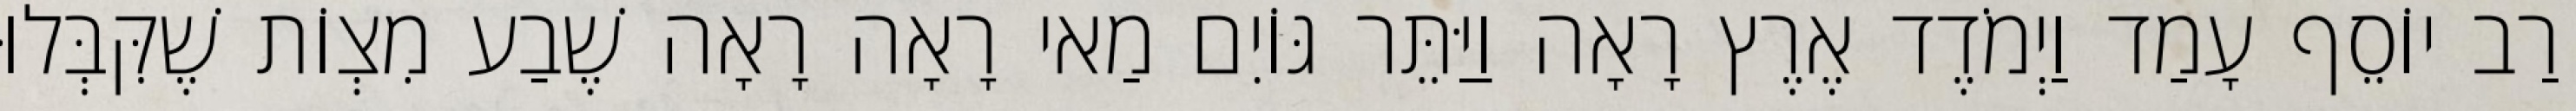
רַב יוֹסֵף עָמַד וַיְמֹדֶד אֶרֶץ רָאָה וַיַּתֵּר גּוֹיִם מַאי רָאָה רָאָה שֶׁבַע מִצְוֹת שֶׁקִּבְּלוּ